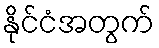
နိုင်ငံအတွက်